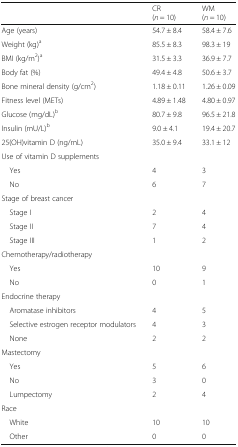
<table><thead><tr><td></td><td><b>CR(<i>n</i> = 10)</b></td><td><b>WM(<i>n</i> = 10)</b></td></tr></thead><tbody><tr><td>Age (years)</td><td>54.7 ± 8.4</td><td>58.4 ± 7.6</td></tr><tr><td>Weight (kg)<sup>a</sup></td><td>85.5 ± 8.3</td><td>98.3 ± 19</td></tr><tr><td>BMI (kg/m<sup>2</sup>)<sup>a</sup></td><td>31.5 ± 3.3</td><td>36.9 ± 7.7</td></tr><tr><td>Body fat (%)</td><td>49.4 ± 4.8</td><td>50.6 ± 3.7</td></tr><tr><td>Bone mineral density (g/cm<sup>2</sup>)</td><td>1.18 ± 0.11</td><td>1.26 ± 0.09</td></tr><tr><td>Fitness level (METs)</td><td>4.89 ± 1.48</td><td>4.80 ± 0.97</td></tr><tr><td>Glucose (mg/dL)<sup>b</sup></td><td>80.7 ± 9.8</td><td>96.5 ± 21.8</td></tr><tr><td>Insulin (mU/L)<sup>b</sup></td><td>9.0 ± 4.1</td><td>19.4 ± 20.7</td></tr><tr><td>25(OH)vitamin D (ng/mL)</td><td>35.0 ± 9.4</td><td>33.1 ± 12</td></tr><tr><td colspan="3">Use of vitamin D supplements</td></tr><tr><td> Yes</td><td>4</td><td>3</td></tr><tr><td> No</td><td>6</td><td>7</td></tr><tr><td colspan="3">Stage of breast cancer</td></tr><tr><td> Stage I</td><td>2</td><td>4</td></tr><tr><td> Stage II</td><td>7</td><td>4</td></tr><tr><td> Stage III</td><td>1</td><td>2</td></tr><tr><td colspan="3">Chemotherapy/radiotherapy</td></tr><tr><td> Yes</td><td>10</td><td>9</td></tr><tr><td> No</td><td>0</td><td>1</td></tr><tr><td colspan="3">Endocrine therapy</td></tr><tr><td> Aromatase inhibitors</td><td>4</td><td>5</td></tr><tr><td> Selective estrogen receptor modulators</td><td>4</td><td>3</td></tr><tr><td> None</td><td>2</td><td>2</td></tr><tr><td colspan="3">Mastectomy</td></tr><tr><td> Yes</td><td>5</td><td>6</td></tr><tr><td> No</td><td>3</td><td>0</td></tr><tr><td> Lumpectomy</td><td>2</td><td>4</td></tr><tr><td colspan="3">Race</td></tr><tr><td> White</td><td>10</td><td>10</td></tr><tr><td> Other</td><td>0</td><td>0</td></tr></tbody></table>